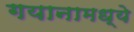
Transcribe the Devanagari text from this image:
गयानामध्ये